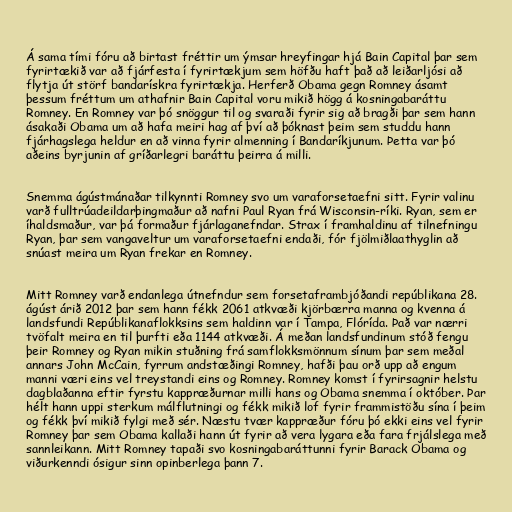
Á sama tími fóru að birtast fréttir um ýmsar hreyfingar hjá Bain Capital þar sem
fyrirtækið var að fjárfesta í fyrirtækjum sem höfðu haft það að leiðarljósi að
flytja út störf bandarískra fyrirtækja. Herferð Obama gegn Romney ásamt
þessum fréttum um athafnir Bain Capital voru mikið högg á kosningabaráttu
Romney. En Romney var þó snöggur til og svaraði fyrir sig að bragði þar sem hann
ásakaði Obama um að hafa meiri hag af því að þóknast þeim sem studdu hann
fjárhagslega heldur en að vinna fyrir almenning í Bandaríkjunum. Þetta var þó
aðeins byrjunin af gríðarlegri baráttu þeirra á milli.

Snemma ágústmánaðar tilkynnti Romney svo um varaforsetaefni sitt. Fyrir valinu
varð fulltrúadeildarþingmaður að nafni Paul Ryan frá Wisconsin-ríki. Ryan, sem er
íhaldsmaður, var þá formaður fjárlaganefndar. Strax í framhaldinu af tilnefningu
Ryan, þar sem vangaveltur um varaforsetaefni endaði, fór fjölmiðlaathyglin að
snúast meira um Ryan frekar en Romney.

Mitt Romney varð endanlega útnefndur sem forsetaframbjóðandi repúblikana 28.
ágúst árið 2012 þar sem hann fékk 2061 atkvæði kjörbærra manna og kvenna á
landsfundi Repúblikanaflokksins sem haldinn var í Tampa, Flórída. Það var nærri
tvöfalt meira en til þurfti eða 1144 atkvæði. Á meðan landsfundinum stóð fengu
þeir Romney og Ryan mikin stuðning frá samflokksmönnum sínum þar sem meðal
annars John McCain, fyrrum andstæðingi Romney, hafði þau orð upp að engum
manni væri eins vel treystandi eins og Romney. Romney komst í fyrirsagnir helstu
dagblaðanna eftir fyrstu kappræðurnar milli hans og Obama snemma í október. Þar
hélt hann uppi sterkum málflutningi og fékk mikið lof fyrir frammistöðu sína í þeim
og fékk því mikið fylgi með sér. Næstu tvær kappræður fóru þó ekki eins vel fyrir
Romney þar sem Obama kallaði hann út fyrir að vera lygara eða fara frjálslega með
sannleikann. Mitt Romney tapaði svo kosningabaráttunni fyrir Barack Obama og
viðurkenndi ósigur sinn opinberlega þann 7.